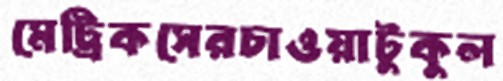
মেট্রিকসেরচাওয়াটুকুল